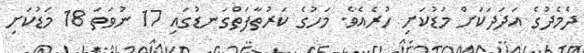
ދެމެދުގެ އަދަދަކަށް މަޑުކަށި ހުރެއެވެ. މަހުގެ ކަރުތާފަތްގަނޑުގައި 17 ނުވަތަ 18 މަޑުކަށި